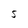
Character: 5